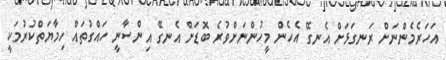
އަހަރެމެންނަށް ރަނގަޅަށް އެނގޭ އެހެން މީހުންނަށްވުރެ ބޮޑަށް އެނގޭ އިންސާނީ ހައްގުތައް ހިމާޔަތްކުރުމަކީ